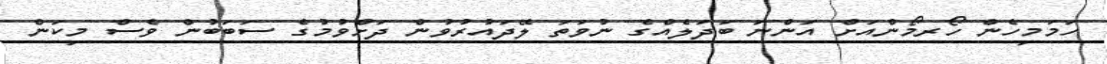
ހަމަމިހެން ހޯރމޯންއަށް އަންނަ ބަދަލެއްގެ ނުވަތަ ލޭދައުރުވުން ދަށްވުމުގެ ސަބަބުން ވެސް މިކަން